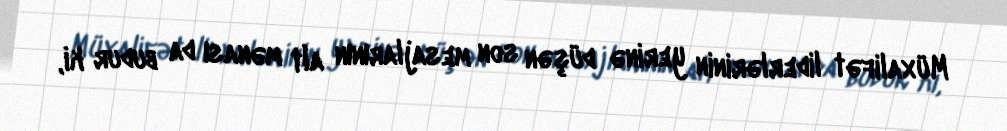
Müxalifət liderlərinin yerinə düşən son mesajlarının alt mənası da budur ki,